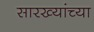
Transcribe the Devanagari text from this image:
सारख्यांच्या